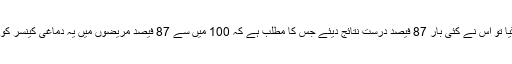
جب اسے 104 افراد پر آزمایا گیا تو اس نے کئی بار 87 فیصد درست نتائج دیئے جس کا مطلب ہے کہ 100 میں سے 87 فیصد مریضوں میں یہ دماغی کینسر کو درست طور پر بھانپ سکتا ہے۔